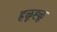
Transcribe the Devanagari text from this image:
हळूह्ळू